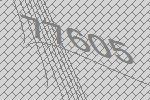
77605